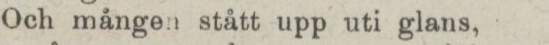
Och mången stått upp uti glans,